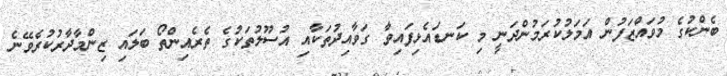
ބެންކުގެ މުވައްޒަފުން އަމަލުކުރަމުންދަނީ މި ކަނޑައެޅިފައިވާ ގަވާއިދުތަކާއި އުސޫލުތަކުގެ ތެރެއިންތޯ ބަލައި ޒިންމާދާރުކުރެވޭނެ